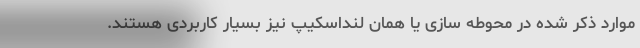
موارد ذکر شده در محوطه سازی یا همان لنداسکیپ نیز بسیار کاربردی هستند.